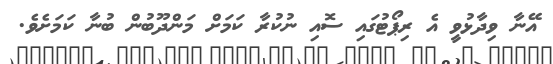
އޭނާ ވިދާޅުވީ އެ ރިޕޯޓުގައި ސޮއި ނުކުރާ ކަމަށް މަންދޫބުން ބުނާ ކަމަށެވެ.